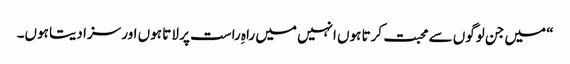
“ میں جن لوگوں سے محبت کرتا ہوں انہیں میں راہِ راست پر لا تا ہوں اور سزا دیتا ہوں۔